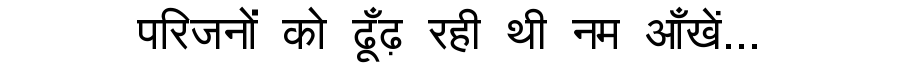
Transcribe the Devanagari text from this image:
परिजनों को ढूँढ़ रही थी नम आँखें...